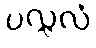
ပလ္လလံ